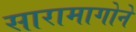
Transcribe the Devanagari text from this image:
सारामागोने